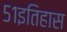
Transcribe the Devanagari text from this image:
५१इतिहास